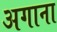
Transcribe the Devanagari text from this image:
अगाना